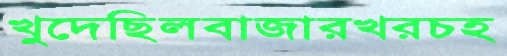
খুদেছিলবাজারখরচহ